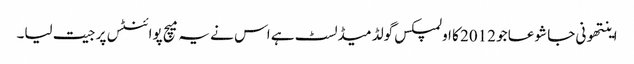
اینتھونی جا شوعا جو 2012 کا اولمپکس گولڈ میڈلسٹ ہے اس نے یہ میچ پوائنٹس پر جیت لیا۔